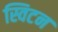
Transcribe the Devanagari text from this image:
स्विटन